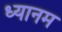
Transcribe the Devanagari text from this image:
ध्यानम